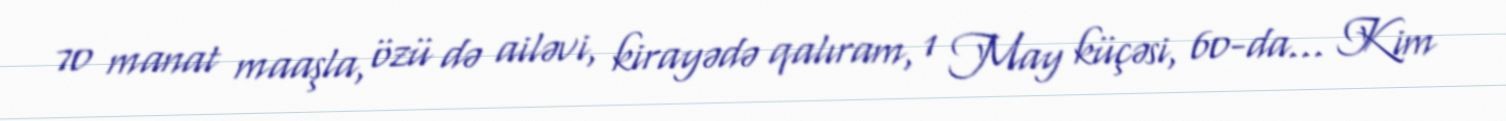
70 manat maaşla, özü də ailəvi, kirayədə qalıram, 1 May küçəsi, 60-da... Kim